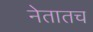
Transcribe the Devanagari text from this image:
नेतातच